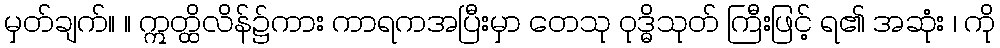
မှတ်ချက်။ ။ ဣတ္ထိလိန်၌ကား ကာရကအပြီးမှာ တေသု ဝုဒ္ဓိသုတ် ကြီးဖြင့် ရ၏ အဆုံး ၊ ကို